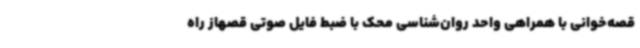
قصه‌خوانی با همراهی واحد روان‌شناسی محک با ضبط فایل صوتی قصهاز راه